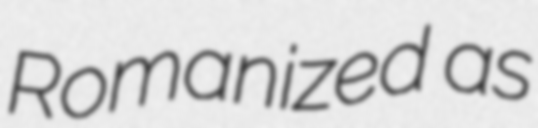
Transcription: Romanized as